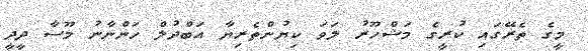
މީގެ ތެރޭގައި ކުރީގެ މަޝްހޫރު ލަވަ ކިޔުންތެރިޔާ އަބްދުލް ހަންނާނު މޫސާ ދީދީ